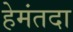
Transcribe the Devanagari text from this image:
हेमंतदा